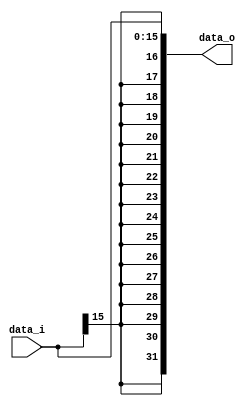
//Subject:     CO project 2 - Sign extend
//--------------------------------------------------------------------------------
//Version:     1
//--------------------------------------------------------------------------------
//Writer:04163150416005
//----------------------------------------------
//Date:
//----------------------------------------------
//Description:
//--------------------------------------------------------------------------------
//Done
module Sign_Extend(
    data_i,
    data_o
    );

//I/O ports
input   [16-1:0] data_i;
output  [32-1:0] data_o;

//Internal Signals
reg     [32-1:0] data_o;
//lalalalalala
//Sign extended
always@(*)begin
    data_o = {{16{data_i[15]}},data_i};
end

endmodule